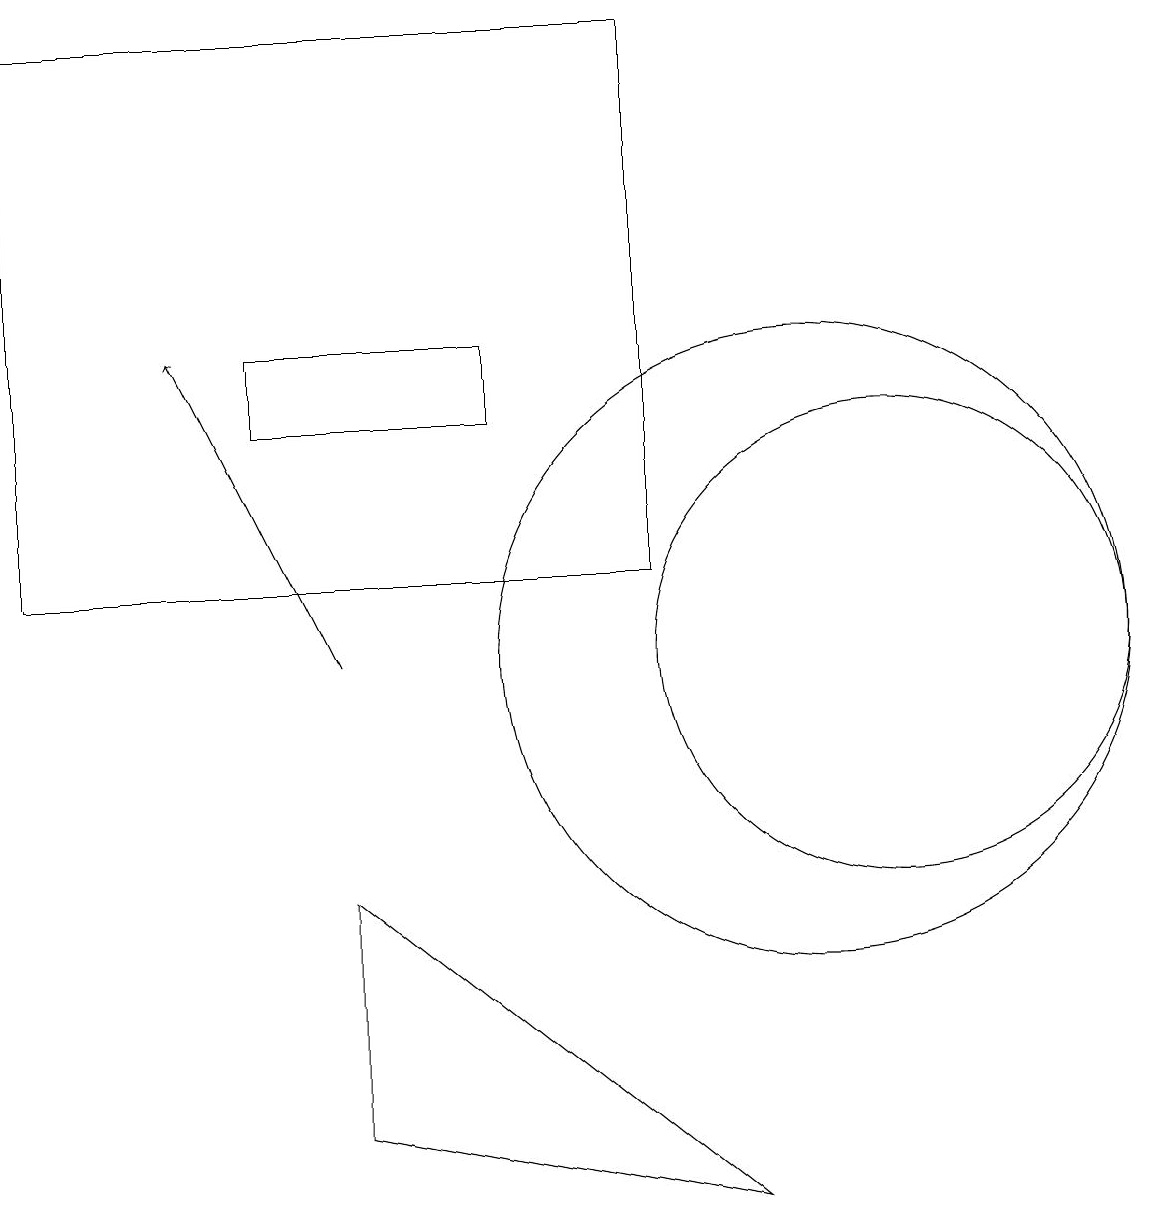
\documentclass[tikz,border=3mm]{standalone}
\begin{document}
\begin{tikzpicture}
\draw (4,4) -- (9,3) -- (4,7) -- cycle;
\draw (3,14) rectangle (6,13);
\draw (11,10) circle (3);
\draw[->] (4,10) -- (2,14);
\draw (10,10) circle (4);
\draw (0,18) rectangle (8,11);
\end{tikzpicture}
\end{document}